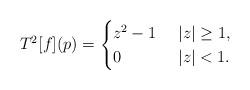
LaTeX: \begin{align*}T^2[f](p)=\begin{cases} z^2-1&\ |z|\ge 1, \\0&\ |z|<1.\end{cases}\end{align*}